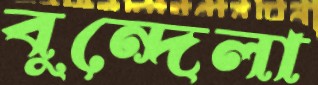
বুন্দেলা